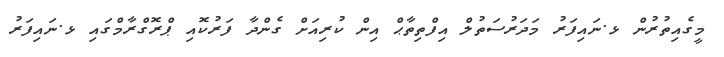
މީގެއިތުރުން ޅ.ނައިފަރު މަދަރުސަތުލް އިފްތިތާޙް އިން ކުރިއަށް ގެންދާ ފަރުކޮއި ޕްރޮގްރާމްގައި ޅ.ނައިފަރު